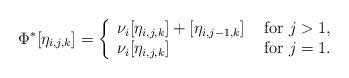
LaTeX: \begin{align*} \Phi^* [\eta_{i,j,k}] = \left\{\begin{array}{ll} \nu_i [\eta_{i,j,k}] + [\eta_{i,j-1,k}] &\mbox{ for $j>1$,} \\ \nu_i [\eta_{i,j,k}] &\mbox{ for $j=1$.} \end{array}\right. \end{align*}